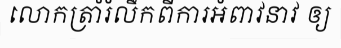
លោកត្រាំរំលឹកពីការអំពាវនាវ ឲ្យ